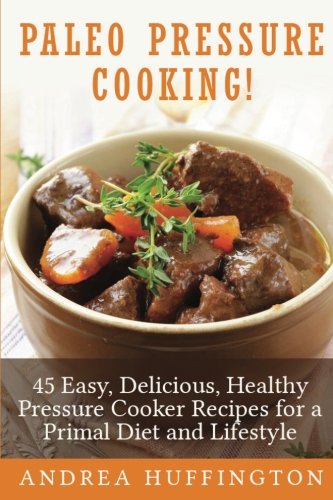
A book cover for Paleo Pressure Cooking!: 45 Easy, Delicious, Healthy Pressure Cooker Recipes for a Primal Diet and Lifestyle; Andrea Huffington; Cookbooks, Food & Wine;